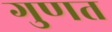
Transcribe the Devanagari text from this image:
गुणत